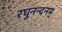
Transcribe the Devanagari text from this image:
रघुनन्दनम्‌